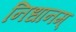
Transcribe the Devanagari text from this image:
निधानम्